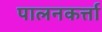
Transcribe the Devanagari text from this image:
पालनकर्त्ता